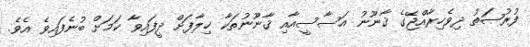
ފުރުޞަތު ދިވެހިރާއްޖޭގެ ޤާނޫނު އަސާސީއާއި ޤާނޫނުތަކާ ޚިލާފަށް ދީފައިވާ ކަމަށް ބުނެފައިވެ އެވެ.